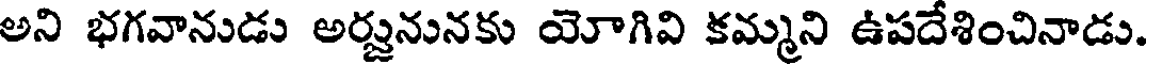
అని భగవానుడు అర్జునునకు యోగివి కమ్మని ఉపదేశించినాడు.